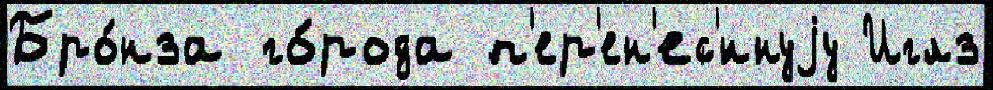
Бро́нза го́рода п'ер'ен'ес'́ннуjу Иглз